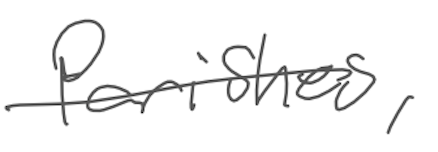
Text: parishes,
Cross-out: single-line
Writing tool: digital_gray